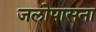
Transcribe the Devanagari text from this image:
जलोपासना